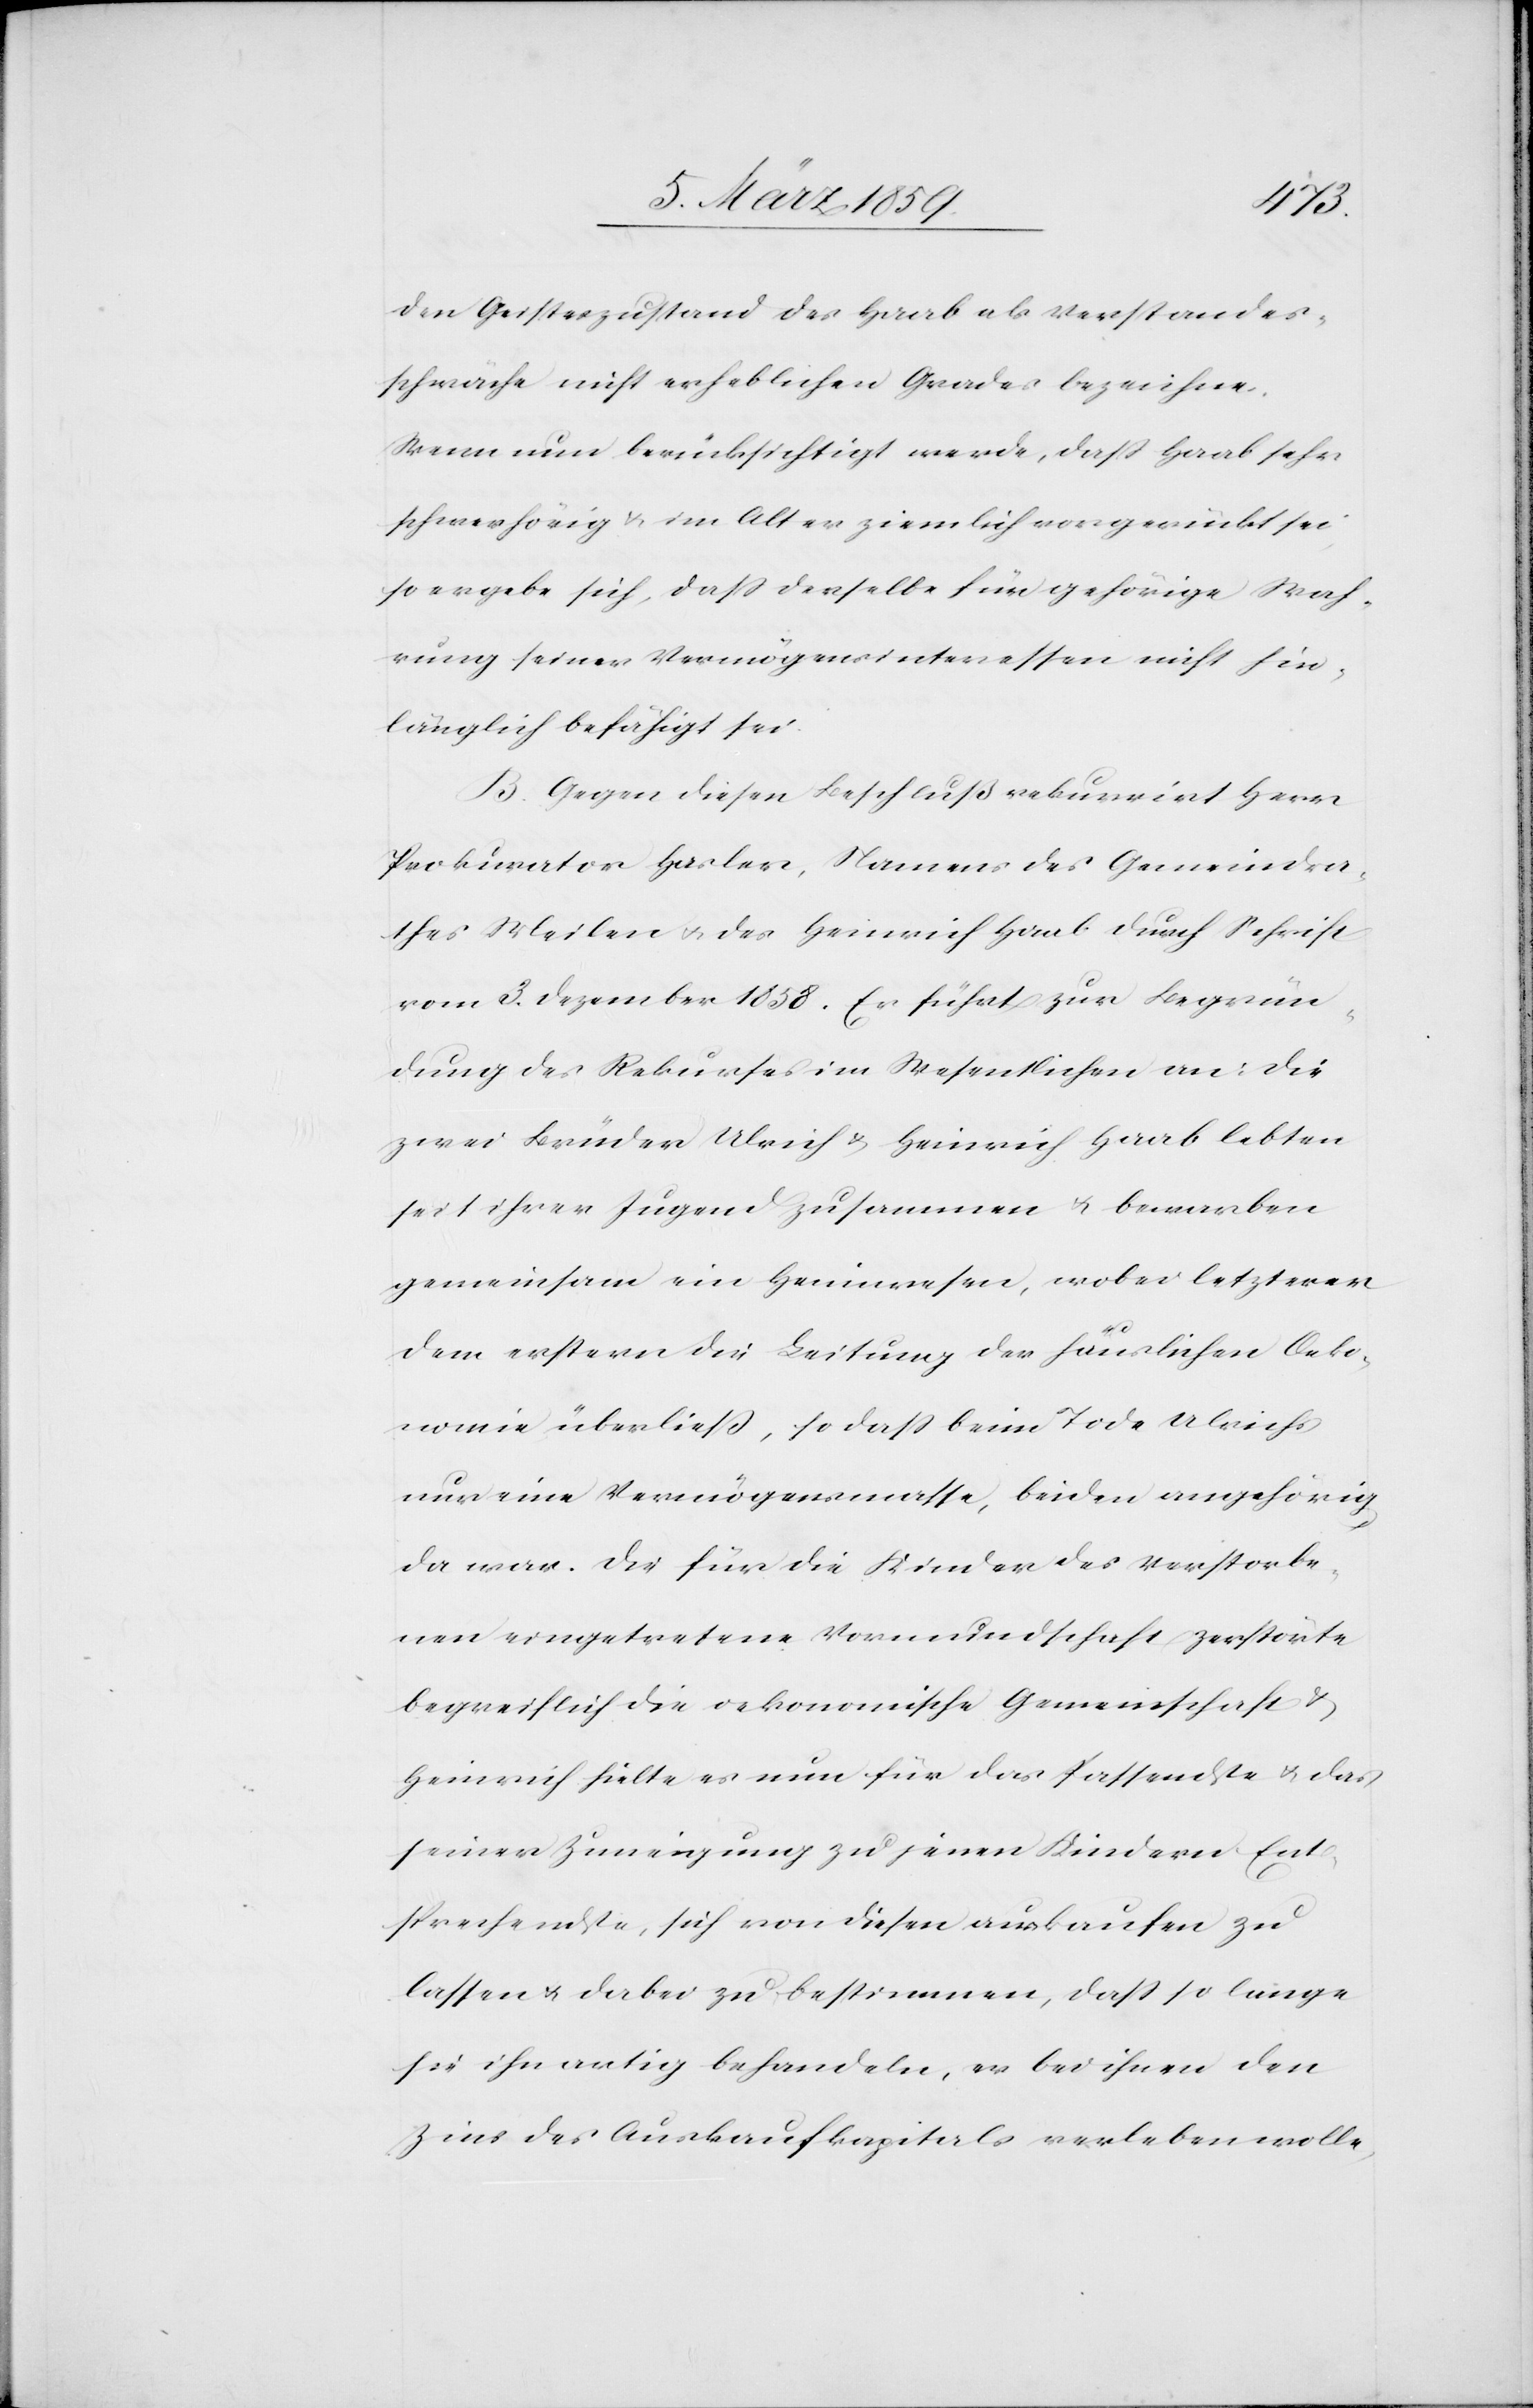
den Geisteszustand des Haab als Verstandes¬
schwäche nicht erheblichen Grades bezeichne.
Wenn nun berücksichtigt werde, daß Haab sehr
schwerhörig u. im Alter ziemlich vorgerückt sei,
so ergebe sich, daß derselbe für gehörige Wah¬
rung seiner Vermögensinteressen nicht hin¬
länglich befähigt sei.
B. Gegen diesen Beschluß rekurrirt Herr
Prokurator Hasler, Namens des Gemeindra¬
thes Meilen u. des Heinrich Haab durch Schrift
vom 3. Dezember 1858. Er führt zur Begrün¬
dung des Rekurses im Wesentlichen an: die
zwei Brüder Ulrich & Heinrich Haab lebten
seit ihrer Jugend zusammen u. bewarben
gemeinsam ein Heimwesen, wobei letzterer
dem erstern die Leitung der häuslichen Oeko¬
nomie überließ, so daß beim Tode Ulrichs
nur eine Vermögensmasse, beiden angehörig,
da war. Die für die Kinder des Verstorbe¬
nen eingetretene Vormundschaft zerstörte
begreiflich die oekonomische Gemeinschaft &
Heinrich hielte es nun für das Passendste u. das
seiner Zuneigung zu jenen Kindern Ent¬
sprechendste, sich von diesen auskaufen zu
lassen u. dabei zu bestimmen, daß so lange
sie ihn artig behandeln, er bei ihnen den
Zins des Auskaufkapitals verleben wolle,